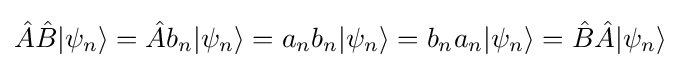
{\hat {A}}{\hat {B}}|\psi _{n}\rangle ={\hat {A}}b_{n}|\psi _{n}\rangle =a_{n}b_{n}|\psi _{n}\rangle =b_{n}a_{n}|\psi _{n}\rangle ={\hat {B}}{\hat {A}}|\psi _{n}\rangle